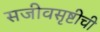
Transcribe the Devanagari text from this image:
सजीवसृष्टीची